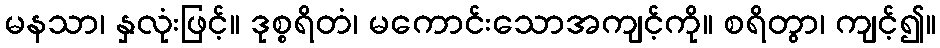
မနသာ၊ နှလုံးဖြင့်။ ဒုစ္စရိတံ၊ မကောင်းသောအကျင့်ကို။ စရိတွာ၊ ကျင့်၍။